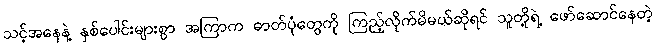
သင့်အနေနဲ့ နှစ်ပေါင်းများစွာ အကြာက ဓာတ်ပုံတွေကို ကြည့်လိုက်မိမယ်ဆိုရင် သူတို့ရဲ့ ဖော်ဆောင်နေတဲ့